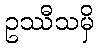
ဥဿီသမှိ